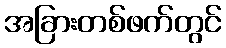
အခြားတစ်ဖက်တွင်